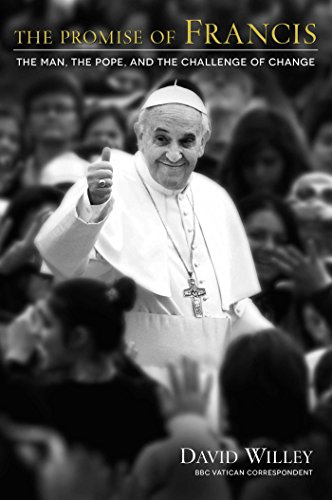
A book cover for The Promise of Francis: The Man, the Pope, and the Challenge of Change; David Willey; Christian Books & Bibles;